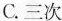
C.三次